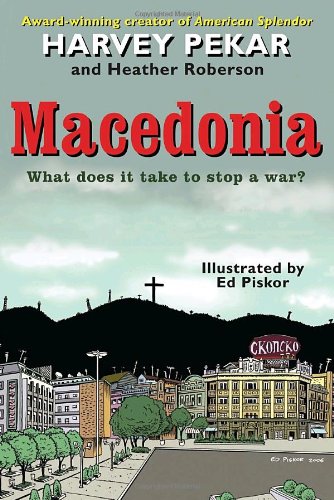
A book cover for Macedonia; Harvey Pekar; Comics & Graphic Novels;